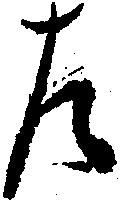
左